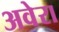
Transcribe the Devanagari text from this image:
अवेरा